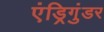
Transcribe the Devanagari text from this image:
एंड्रिगुंडर